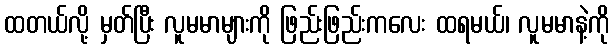
ထတယ်လို့ မှတ်ပြီး လူမမာများကို ဖြည်းဖြည်းကလေး ထရမယ်၊ လူမမာနဲ့ကို